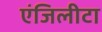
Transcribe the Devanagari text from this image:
एंजिलीटा